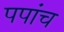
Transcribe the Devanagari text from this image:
पपांच